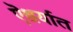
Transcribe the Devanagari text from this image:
ऎश्वर्यात